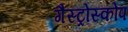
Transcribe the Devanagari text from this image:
गैस्ट्रोस्कोप